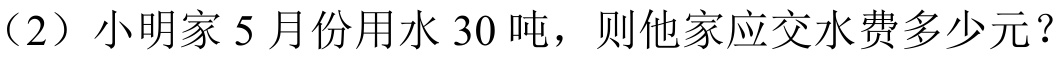
(2) 小明家5月份用水30吨，则他家应交水费多少元？